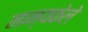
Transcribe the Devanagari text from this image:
मान्यकेले